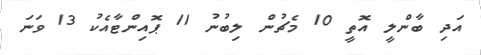
އަދި ބާންލީ އޮތީ 10 މެޗުން ލިބުނު 11 ޕޮއިންޓާއެކު 13 ވަނަ